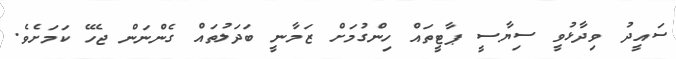
ސައީދު ވިދާޅުވީ ސިޔާސީ ޕާޓީތައް ހިންގުމަށް ޒަމާނީ ބަދަލުތައް ގެންނަން ޖެހޭ ކަމަށެވެ.